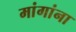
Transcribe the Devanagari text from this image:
मांगांना